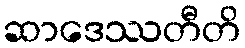
ဆာဒေဿတီတိ